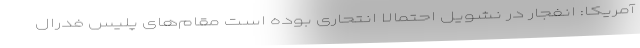
آمریکا: انفجار در نشویل احتمالا انتحاری بوده است مقام‌های پلیس فدرال